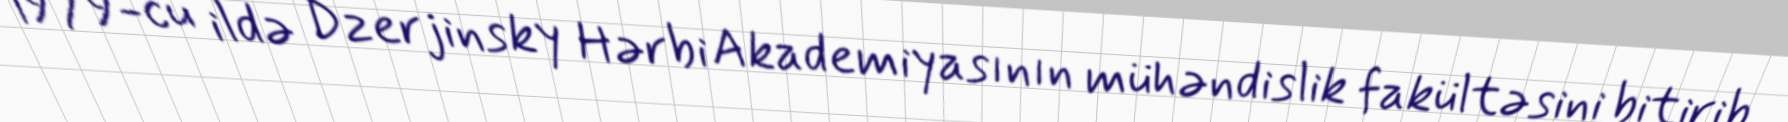
1979-cu ildə Dzerjinsky Hərbi Akademiyasının mühəndislik fakültəsini bitirib